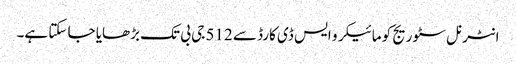
انٹرنل سٹوریج کو مائیکرو ایس ڈی کارڈ سے 512 جی بی تک بڑھایا جا سکتا ہے۔